Report of the Indian Hemp Drugs Commission, 1894-1895 - Volume V
Year: 1894
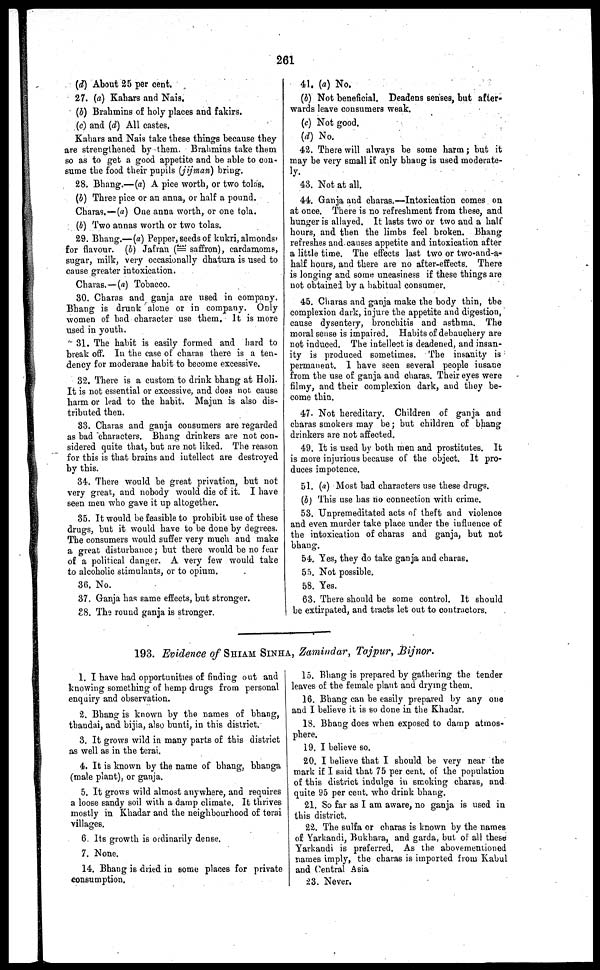
261
(d) About 25 per cent.
27. (a) Kahars and Nais.
(b) Brahmins of holy places and fakirs.
(c) and (d) All castes.
Kahars and Nais take these things because they
are strengthened by them. Brahmins take them
so as to get a good appetite and be able to con-
sume the food their pupils (jijman) bring.
28. Bhang.—(a) A pice worth, or two tolas.
(b) Three pice or an anna, or half a pound.
Charas.—(a) One anna worth, or one tola.
(b) Two annas worth or two tolas.
29. Bhang.—(a) Pepper, seeds of kukri, almonds*
for flavour. (b) Jafran (= saffron), cardamoms,
sugar, milk, very occasionally dhatura is used to
cause greater intoxication.
Charas.—(a) Tobacco.
30. Charas and ganja are used in company.
Bhang is drunk alone or in company. Only
women of bad character use them. It is more
used in youth.
31. The habit is easily formed and hard to
break off. In the case of charas there is a ten-
dency for moderaae habit to become excessive.
32. There is a custom to drink bhang at Holi.
It is not essential or excessive, and does not cause
harm or lead to the habit. Majun is also dis-
tributed then.
33. Charas and ganja consumers are regarded
as bad characters. Bhang drinkers are not con-
sidered quite that, but are not liked. The reason
for this is that brains and intellect are destroyed
by this.
34. There would be great privation, but not
very great, and nobody would die of it. I have
seen men who gave it up altogether.
35. It would be feasible to prohibit use of these
drugs, but it would have to be done by degrees.
The consumers would suffer very much and make
a great disturbance ; but there would be no fear
of a political danger. A very few would take
to alcoholic stimulants, or to opium.
36. No.
37. Ganja has same effects, but stronger.
38. The round ganja is stronger.
41. (a) No.
(b) Not beneficial. Deadens senses, but after-
wards leave consumers weak.
(c) Not good.
(d) No.
42. There will always be some harm ; but it
may be very small if only bhang is used moderate-
43. Not at all.
44. Ganja and charas.—Intoxication comes on
at once. There is no refreshment from these, and
hunger is allayed. It lasts two or two and a half
hours, and then the limbs feel broken. Bhang
refreshes and causes appetite and intoxication after
a little time. The effects last two or two-and-a-
half hours, and there are no after-effects. There
is longing and some uneasiness if these things are
not obtained by a habitual consumer.
45. Charas and ganja make the body thin, the
complexion dark, injure the appetite and digestion,
cause dysentery, bronchitis and asthma. The
moral sense is impaired. Habits of debauchery are
not induced. The intellect is deadened, and insan-
ity is produced sometimes. The insanity is
permanent. 1 have seen several people insane
from the use of ganja and charas. Their eyes were
filmy, and their complexion dark, and they be-
come thin.
47. Not hereditary. Children of ganja and
charas smokers may be ; but children of bhang
drinkers are not affected.
49. It is used by both men and prostitutes. It
is more injurious because of the object. It pro-
duces impotence.
51. (a) Most bad characters use these drugs.
(b) This use has no connection with crime.
53. Unpremeditated acts of theft and violence
and even murder take place under the influence of
the intoxication of charas and ganja, but not
bhang.
54. Yes, they do take ganja and charas.
55. Not possible.
58. Yes.
63. There should be some control. It should
be extirpated, and tracts let out to contractors.
193. Evidence of SHIAM SINHA, Zamindar, Tajpur, Bijnor.
1. I have had opportunities of finding out and
knowing something of hemp drugs from personal
enquiry and observation.
2. Bhang is known by the names of bhang,
thandai, and bijia, also bunti, in this district.
3. It grows wild in many parts of this district
as well as in the terai.
4. It is known by the name of bhang, bhanga
(male plant), or ganja.
5. It grows wild almost anywhere, and requires
a loose sandy soil with a damp climate. It thrives
mostly in Khadar and the neighbourhood of terai
villages.
6. Its growth is ordinarily dense.
7. None.
14. Bhang is dried in some places for private
consumption.
15. Bhang is prepared by gathering the tender
leaves of the female plant and drying them.
16. Bhang can be easily prepared by any one
and I believe it is so done in the Khadar.
18. Bhang does when exposed to damp atmos-
phere.
19. I believe so.
20. I believe that I should be very near the
mark if I said that 75 per cent. of the population
of this district indulge in smoking charas, and
quite 95 per cent. who drink bhang.
21. So far as I am aware, no ganja is used in
this district.
22. The sulfa or charas is known by the names
of Yarkandi, Bukhara, and garda, but of all these
Yarkandi is preferred. As the abovementioned
names imply, the charas is imported from Kabul
and Central Asia
23. Never.